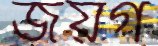
জয়গ